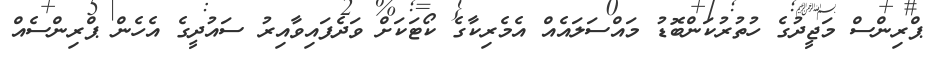
ޕްރިންސް މަޖީދުގެ ހުތުރުކަންބޮޑު މައްސަލައެއް އެމެރިކާގެ ކޯޓަކަށް ވަދެފައިވާއިރު ސައުދީގެ އެހެން ޕްރިންސެއް